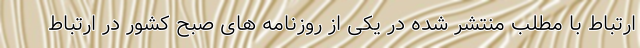
ارتباط با مطلب منتشر شده در یکی از روزنامه های صبح کشور در ارتباط